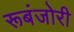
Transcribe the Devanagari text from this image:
रूबंजोरी